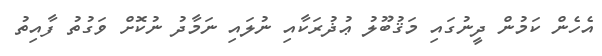
އެހެން ކަމުން ދީނުގައި މަޤުބޫލު ޢުޛުރަކާއި ނުލައި ނަމާދު ނުކޮށް ވަގުތު ފާއިތު